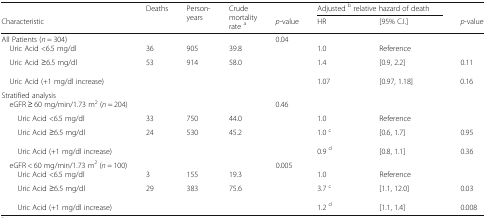
|  | <ROWSPAN=2> Deaths | <ROWSPAN=2> Person- years | <ROWSPAN=2> Crude mortality rate a |  | <COLSPAN=2> Adjusted b relative hazard of death |  |
 | Characteristic | p-value | HR | [95% C.I.] | p-value |
 | --- | --- | --- | --- | --- | --- | --- | --- |
 | All Patients (n = 304) |  |  |  | 0.04 |  |  |  |
 | Uric Acid <6.5 mg/dl | 36 | 905 | 39.8 |  | 1.0 | Reference |  |
 | Uric Acid ≥6.5 mg/dl | 53 | 914 | 58.0 |  | 1.4 | [0.9, 2.2] | 0.11 |
 | Uric Acid (+1 mg/dl increase) |  |  |  |  | 1.07 | [0.97, 1.18] | 0.16 |
 | <COLSPAN=8> Stratified analysis |
 | eGFR ≥ 60 mg/min/1.73 m2 (n = 204) |  |  |  | 0.46 |  |  |  |
 | Uric Acid <6.5 mg/dl | 33 | 750 | 44.0 |  | 1.0 | Reference |  |
 | Uric Acid ≥6.5 mg/dl | 24 | 530 | 45.2 |  | 1.0 c | [0.6, 1.7] | 0.95 |
 | Uric Acid (+1 mg/dl increase) |  |  |  |  | 0.9 d | [0.8, 1.1] | 0.36 |
 | eGFR < 60 mg/min/1.73 m2 (n = 100) |  |  |  | 0.005 |  |  |  |
 | Uric Acid <6.5 mg/dl | 3 | 155 | 19.3 |  | 1.0 | Reference |  |
 | Uric Acid ≥6.5 mg/dl | 29 | 383 | 75.6 |  | 3.7 c | [1.1, 12.0] | 0.03 |
 | Uric Acid (+1 mg/dl increase) |  |  |  |  | 1.2 d | [1.1, 1.4] | 0.008 |